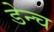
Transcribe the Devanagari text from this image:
डेन्च